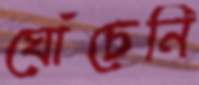
ঘোঁচেনি